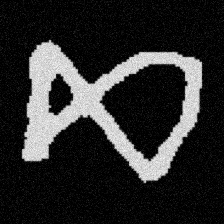
Pyu character \u2014 Myanmar letter: ဆ (romanized: cha)